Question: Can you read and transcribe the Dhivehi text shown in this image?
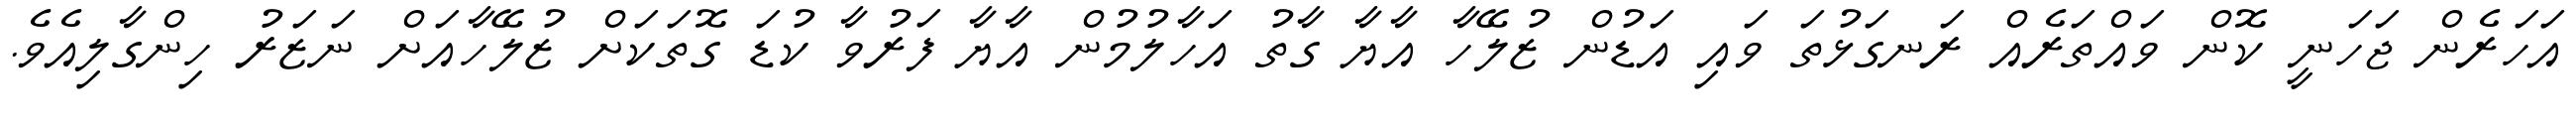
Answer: އަހަރެން ޖަހަނީ ކޮން ވައްތަރެއް ރަނގަޅުތަ ވައި އަޑުން ޒުލޭހާ އާޔާ ގާތު އަހާލުމުން އާޔާ ފަރުވާ ކުޑަ ގޮތަކަށް ޒުލޭހާއަށް ނަޒަރު ހިންގާލިއެވެ.